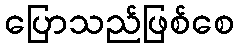
ပြောသည်ဖြစ်စေ